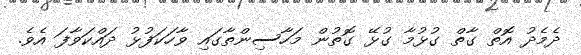
ދެމެދު އޮތް ގާތް ގުޅުމާ ގުޅޭ ގޮތުން މަހާސިންތާގައި ވާހަކަފުޅު ދައްކަވާފަ އެވެ.